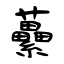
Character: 虆